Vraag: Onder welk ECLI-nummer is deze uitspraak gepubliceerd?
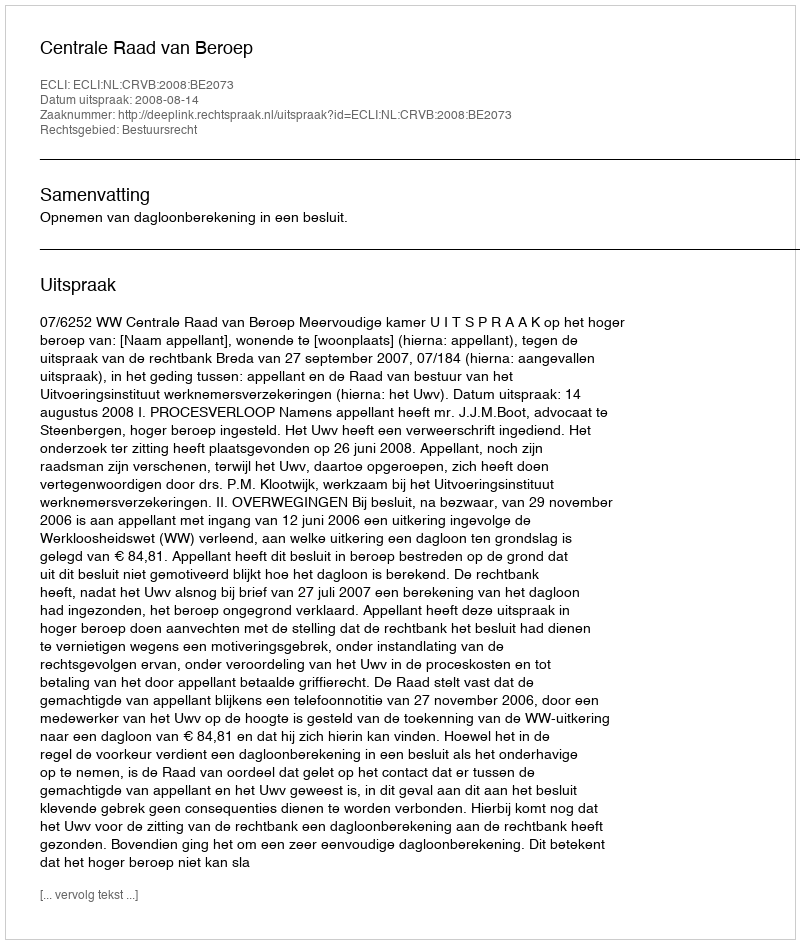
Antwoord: ECLI:NL:CRVB:2008:BE2073